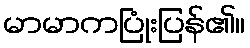
မာမာကပြုံးပြန်၏။